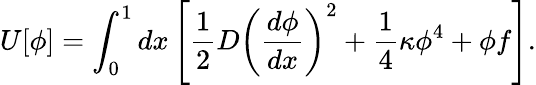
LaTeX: U[\phi]=\int_{0}^{1}dx\left[\frac{1}{2}D\left(\frac{d\phi}{dx}\right)^{2}+\frac{1}{4}\kappa\phi^{4}+\phi f\right].